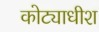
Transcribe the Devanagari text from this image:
कोट्याधीश